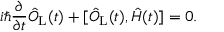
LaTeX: i \hbar \frac { \partial } { \partial t } \hat { O } _ { \mathrm { L } } ( t ) + [ \hat { O } _ { \mathrm { L } } ( t ) , \hat { H } ( t ) ] = 0 .